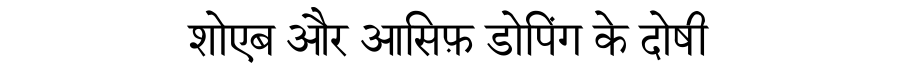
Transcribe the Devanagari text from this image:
शोएब और आसिफ़ डोपिंग के दोषी